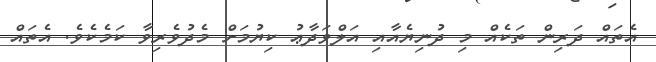
އެތައް ދަރިން ތަކެއް މި ދުނިޔެއާއި އަލްވަދާޢު ކިޔުމަށް މެދުވެރިވާ ކަމެކެވެ. އެތައް